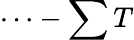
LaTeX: \cdots-\sum T